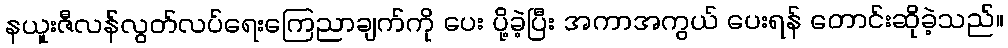
နယူးဇီလန်လွတ်လပ်ရေးကြေညာချက်ကို ပေး ပို့ခဲ့ပြီး အကာအကွယ် ပေးရန် တောင်းဆိုခဲ့သည်။